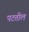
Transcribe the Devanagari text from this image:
पटतील